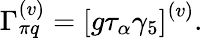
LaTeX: \Gamma_{\pi q}^{\left(v\right)}=\left[g\tau_{\alpha}\gamma_{5}\right]^{\left(v\right)}.